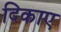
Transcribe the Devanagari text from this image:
दिकाए